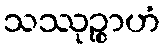
သဿုဉ္စာဟံ